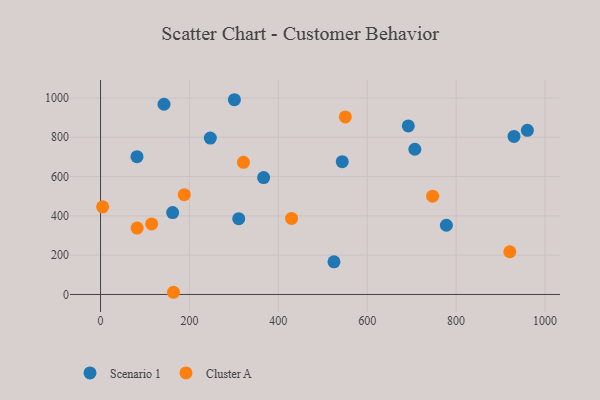
{"axis": {"x": "Distance", "y": "Profit"}, "legend": ["Cluster A", "Scenario 1"], "data": [{"x": "525.2", "y": 166.0, "type": "Scenario 1"}, {"x": "301.2", "y": 991.0, "type": "Scenario 1"}, {"x": "82.0", "y": 701.4, "type": "Scenario 1"}, {"x": "366.9", "y": 594.7, "type": "Scenario 1"}, {"x": "162.2", "y": 416.8, "type": "Scenario 1"}, {"x": "960.3", "y": 835.5, "type": "Scenario 1"}, {"x": "142.8", "y": 967.9, "type": "Scenario 1"}, {"x": "778.1", "y": 352.3, "type": "Scenario 1"}, {"x": "692.4", "y": 857.5, "type": "Scenario 1"}, {"x": "247.0", "y": 795.7, "type": "Scenario 1"}, {"x": "707.1", "y": 739.0, "type": "Scenario 1"}, {"x": "310.9", "y": 385.6, "type": "Scenario 1"}, {"x": "543.8", "y": 675.6, "type": "Scenario 1"}, {"x": "930.2", "y": 804.3, "type": "Scenario 1"}, {"x": "164.1", "y": 11.2, "type": "Cluster A"}, {"x": "550.7", "y": 903.4, "type": "Cluster A"}, {"x": "747.1", "y": 500.3, "type": "Cluster A"}, {"x": "188.4", "y": 507.8, "type": "Cluster A"}, {"x": "4.7", "y": 446.2, "type": "Cluster A"}, {"x": "920.8", "y": 217.5, "type": "Cluster A"}, {"x": "82.2", "y": 337.9, "type": "Cluster A"}, {"x": "115.1", "y": 359.0, "type": "Cluster A"}, {"x": "321.5", "y": 672.7, "type": "Cluster A"}, {"x": "429.8", "y": 387.2, "type": "Cluster A"}]}